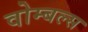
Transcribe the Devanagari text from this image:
वोम्बल्स